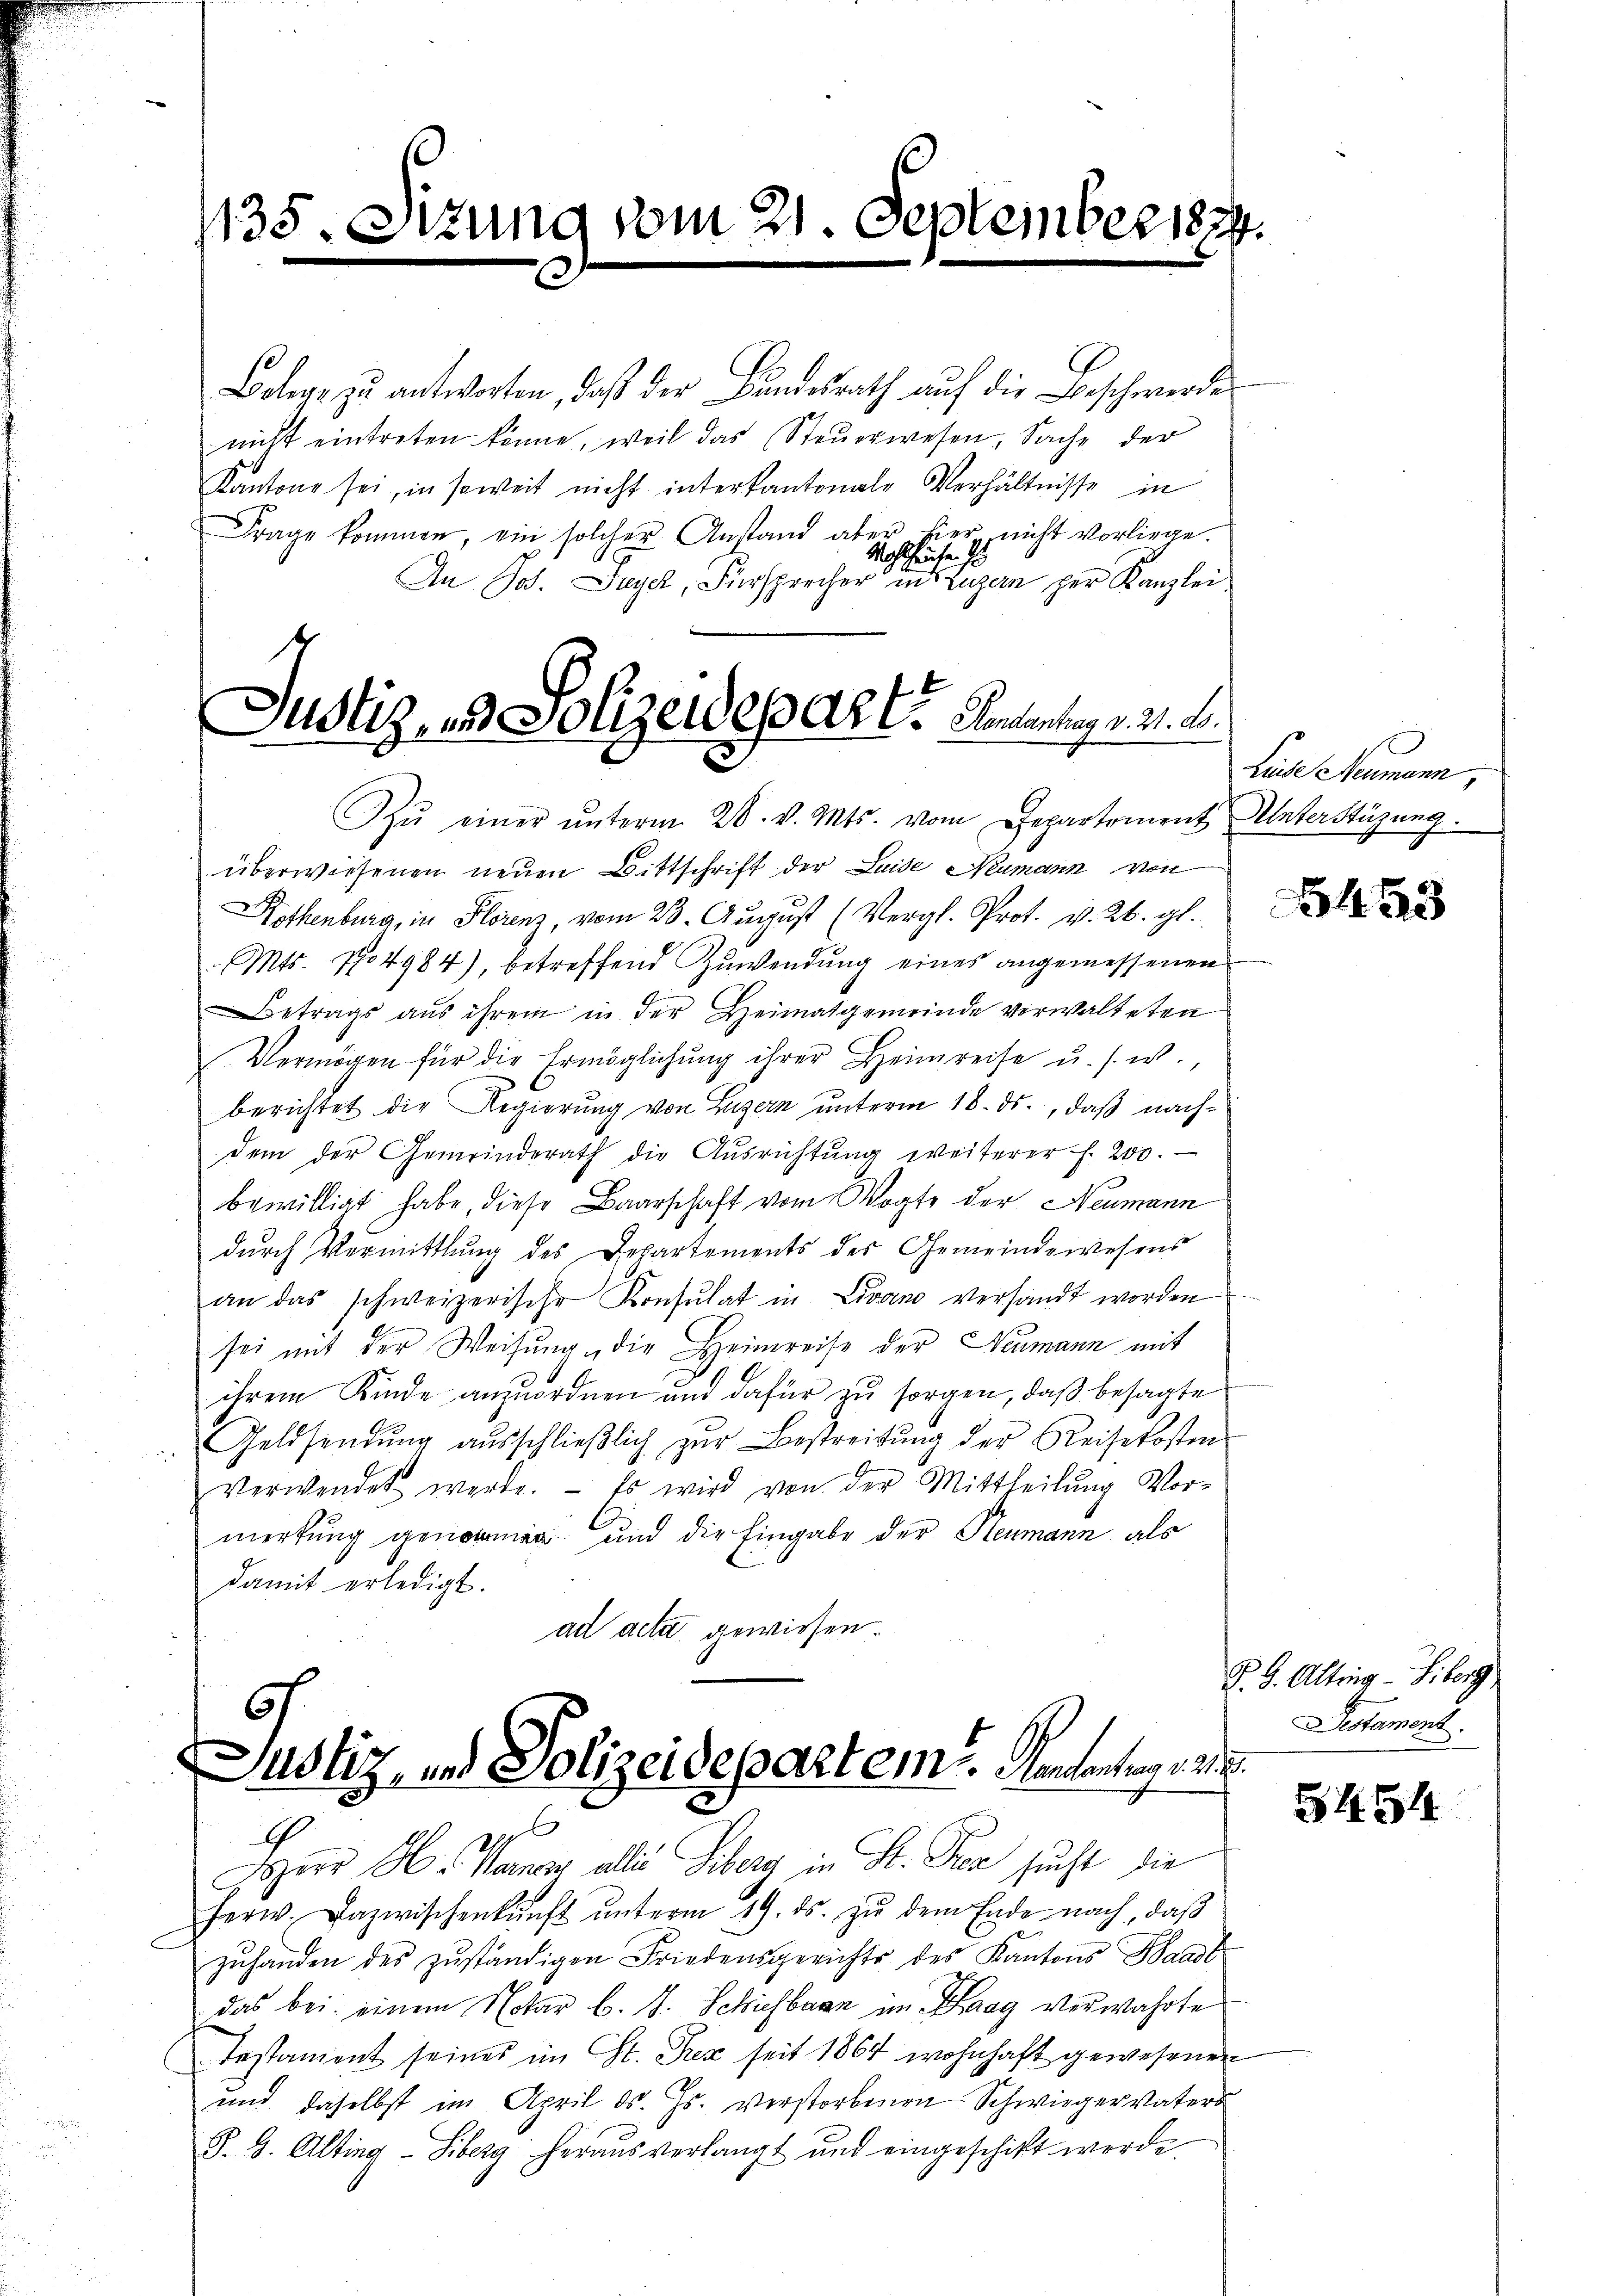
1135.

sizung vom 21. September 1874.

Bolege zu antworten, daß der Bundesrath auf die Beschwerde
nicht eintreten könne, weil das Steŭerwesen, Sache der
Kantone sei, in soweit nicht interkantonale Verhältnisse in
Frage kommen, ein solcher Anstand aber hier nicht vorliege.
Wohlhause d
An Jos. Freyer, Fürsprecher in Luzern zur Kanzlei¬

Justiz, und Polizeideparte Gedankung v. 21. d.

.
Justiz, und Polizeidepartem Mancontrag 24.
G

Zŭ einer ŭnterm 28. v. Mts. vom Departement Unterstüzung.
überwiesenen neuen Bittschrift der Luise Neumann von
Hothenburg, in Florenz, vom 28. Aŭgŭst (Vergl. Prot. v. 26. gl.
Mts. No 4984), betreffend Zuwendung eines angemessenen
Betrags aus ihrem in der Heimatgemeinde verwalteten
Vermögen für die Ermöglichung ihrer Heimreise u. s. w.,
berichtet die Regierung von Luzern unterm 18. ds., daß nachdem der Gemeinderath die Aŭsrichtŭng weiterer f. 200.
bewilligt habe, diese Baarschaft vom Vogte der Neumann
durch Vermittlung des Departements der Gemeindewesens
an das schweizerische Konsulat in Livano versandt worden
sei mit der Weisung, die Heimreise der Neumann mit
ihrem Kinde anzuordnen und dafür zu sorgen, daß besagte
Geldsendŭng aŭsschlieβlich zŭr Bestreitŭng der Reisekosten
verwendet werde. Es wird von der Mittheilŭng Vor-
merkung genommen und die Eingabe der Neumann, als
damit erledigt.
ad acta gewiesen

Liede Neumann,

Herr H. Vanau alle Ziberg in St. Pez sucht die
ferw. Dazwischenkunft ŭnterm 19. ds. zŭ dem Ende nach, daβ
zŭhanden des zŭständigen Friedensgerichte des Kantons Waadt
das bei einem Notar l. J. Schichbarn im Haag verwahrte
Testament seines im St. Prez seit 1864 wohnhaft gewesenen
und daselbst im April d. Js. verstorbenen Schwiegervaters
§. 9. Alting-Siberg heraus verlangt und eingeschikt werde.

43

P. G. Altrig - Liberg
Distament.

S454